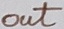
Text: out